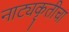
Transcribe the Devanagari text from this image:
नाट्यकृतीचा